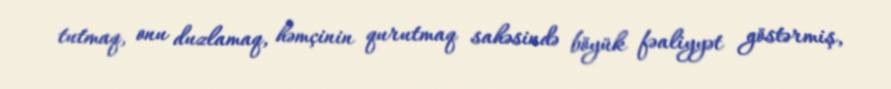
tutmaq, onu duzlamaq, həmçinin qurutmaq sahəsində böyük fəaliyyət göstərmiş,